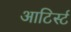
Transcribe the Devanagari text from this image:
आटिर्स्ट